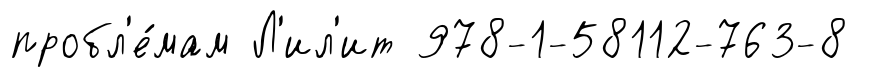
пробл'е́мам Л'ил'ит 978-1-58112-763-8